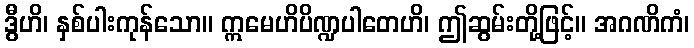
ဒွီဟိ၊ နှစ်ပါးကုန်သော။ ဣမေဟိပိဏ္ဍပါတေဟိ၊ ဤဆွမ်းတို့ဖြင့်။ အဂဏိကံ၊